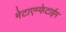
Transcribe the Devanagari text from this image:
मेटाएम्फेटाईम